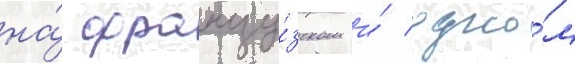
на́ францу́зском и́ одно́м